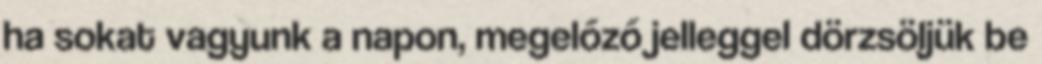
ha sokat vagyunk a napon, megelőző jelleggel dörzsöljük be